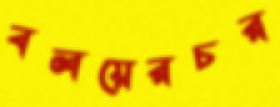
বলয়েরচর